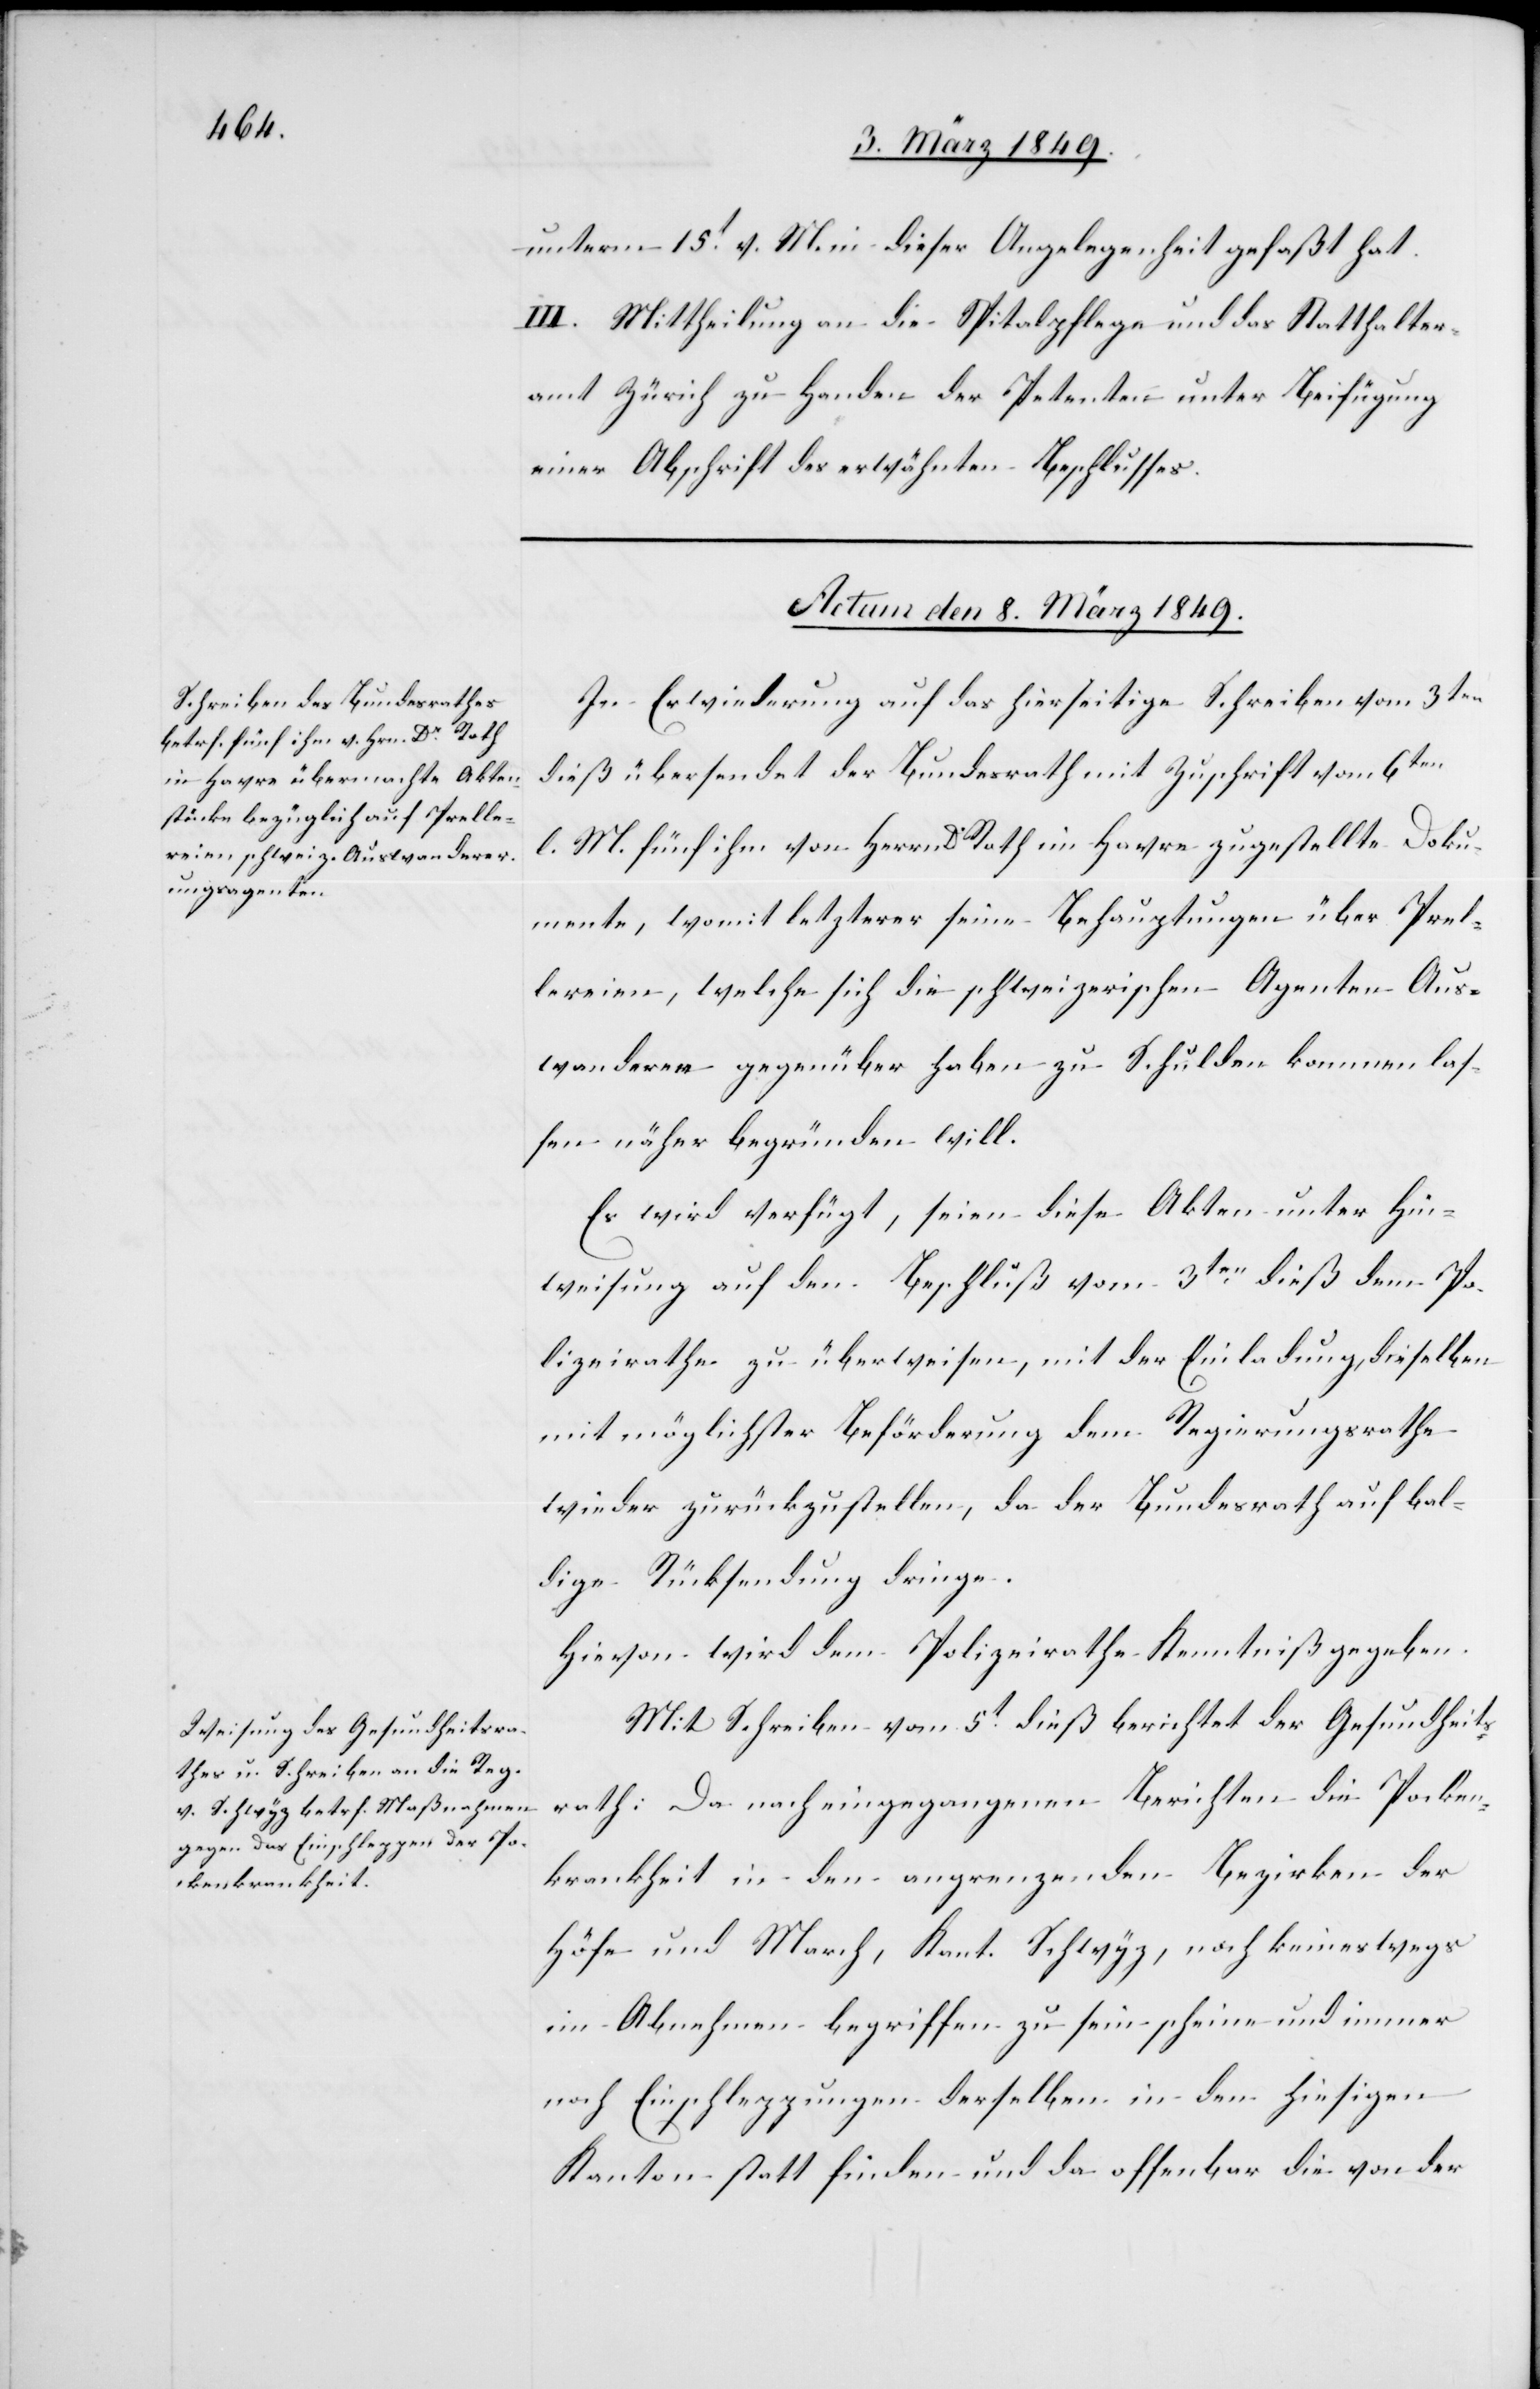
unterm 15t. v. M. in dieser Angelegenheit gefaßt hat.
III. Mittheilung an die Spitalpflege und das Statthalter¬
amt Zürich zu Handen der Petenten unter Beifügung
einer Abschrift des erwähnten Beschlusses.
Actum den 8. März 1849.]
In Erwiederung auf das hierseitige Schreiben vom 3ten
dieß übersendet der Bundesrath mit Zuschrift vom 6ten
l. M. fünf ihm von Herrn D. Roth im Havre zugestellte Doku¬
mente, womit letzterer seine Behauptungen über Prel¬
lereien, welche sich die schweizerischen Agenten Aus¬
wanderer gegenüber haben zu Schulden kommen las¬
sen näher begründen will.
Es wird verfügt, seien diese Akten unter Hin¬
weisung auf den Beschluß vom 3ten. dieß dem Po¬
lizeirathe zu überweisen, mit der Einladung, dieselben
mit möglichster Beförderung dem Regierungsrathe
wieder zurückzustellen, da der Bundesrath auf bal¬
dige Rücksendung dringe.
Hievon wird dem Polizeirathe Kenntniß gegeben.
Mit Schreiben vom 5t. dieß berichtet der Gesundheits¬
rath: Da nach eingegangenen Berichten die Pocken¬
krankheit in den angrenzenden Bezirken der
Höfe und March, Kant. Schwyz, noch keineswegs
im Abnehmen begriffen zu sein scheine und immer
noch Einschleppungen derselben in den hiesigen
Kanton statt finden und da offenbar die von der